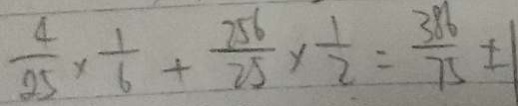
\frac { 4 } { 2 5 } \times \frac { 1 } { 6 } + \frac { 2 5 6 } { 2 5 } \times \frac { 1 } { 2 } = \frac { 3 8 6 } { 7 5 } \pm 1